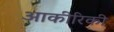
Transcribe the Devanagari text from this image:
आकीरिकी